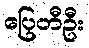
ပြေတီဦး